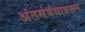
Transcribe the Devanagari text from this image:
अंतसंबंधावरून